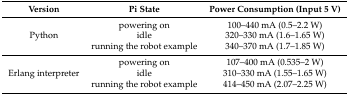
<table><thead><tr><td><b>Version</b></td><td><b>Pi State</b></td><td><b>Power Consumption (Input 5 V)</b></td></tr></thead><tbody><tr><td rowspan="3">Python</td><td>powering on</td><td>100–440 mA (0.5–2.2 W)</td></tr><tr><td>idle</td><td>320–330 mA (1.6–1.65 W)</td></tr><tr><td>running the robot example</td><td>340–370 mA (1.7–1.85 W)</td></tr><tr><td rowspan="3">Erlang interpreter</td><td>powering on</td><td>107–400 mA (0.535–2 W)</td></tr><tr><td>idle</td><td>310–330 mA (1.55–1.65 W)</td></tr><tr><td>running the robot example</td><td>414–450 mA (2.07–2.25 W)</td></tr></tbody></table>